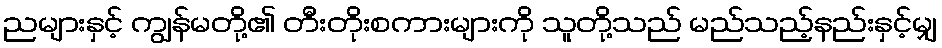
ညများနှင့် ကျွန်မတို့၏ တီးတိုးစကားများကို သူတို့သည် မည်သည့်နည်းနှင့်မျှ